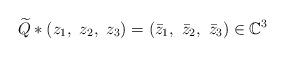
LaTeX: \begin{align*}\widetilde{Q}*(z_1,\ z_2,\ z_3)=(\bar{z}_1,\ \bar{z}_2,\ \bar{z}_3)\in\mathbb{C}^3\\\end{align*}